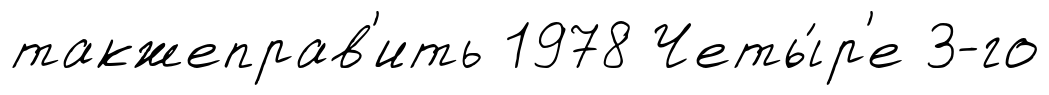
такжеправ'ить 1978 Четы́р'е 3-го